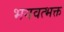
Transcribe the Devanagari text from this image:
भगवत्भक्त